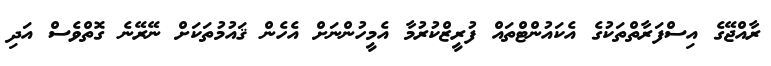
ރާއްޖޭގެ އިސްފަރާތްތަކުގެ އެކައުންޓްތައް ފުރީޒްކުރުމާ އެމީހުންނަށް އެހެން ޤައުމުތަކަށް ނޭރޭނެ ގޮތްވެސް އަދި